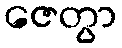
ဇေတွာ